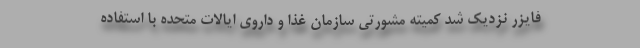
فایزر نزدیک شد کمیته مشورتی سازمان غذا و داروی ایالات متحده با استفاده